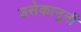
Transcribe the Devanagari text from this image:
उसेकानूनी